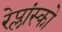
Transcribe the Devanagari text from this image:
रेप्लांस्को